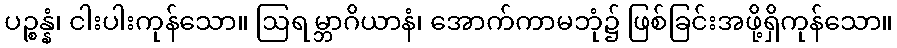
ပဉ္စန္နံ၊ ငါးပါးကုန်သော။ ဩရမ္ဘာဂိယာနံ၊ အောက်ကာမဘုံ၌ ဖြစ်ခြင်းအဖို့ရှိကုန်သော။